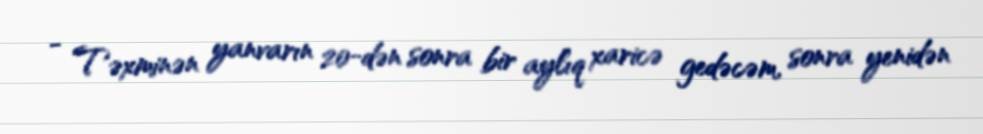
- Təxminən yanvarın 20-dən sonra bir aylıq xaricə gedəcəm, sonra yenidən